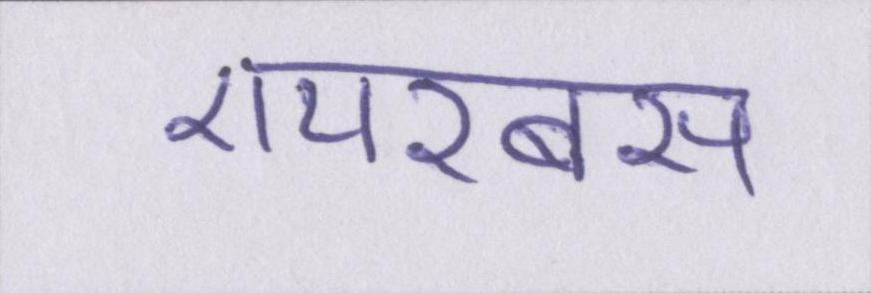
एयरबस